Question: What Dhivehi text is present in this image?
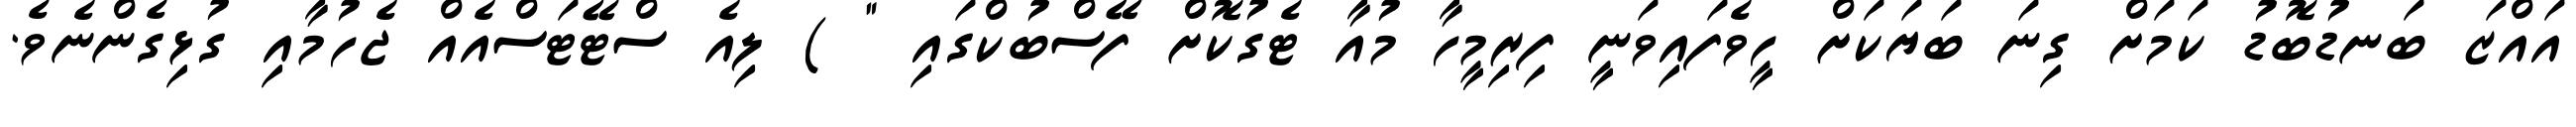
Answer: އައްޒަ ބަނޑުބޮޑު ކަމަށް ގިނަ ބަޔަކަށް ހީވެފައިވަނީ ފިރިމީހާ މުއާ ޓެގުކޮށް ފޭސްބުކްގައި " ) ލިއެ ސްޓޭޓަސްއެއް ޖެހުމާއި ގުޅިގެންނެވެ.